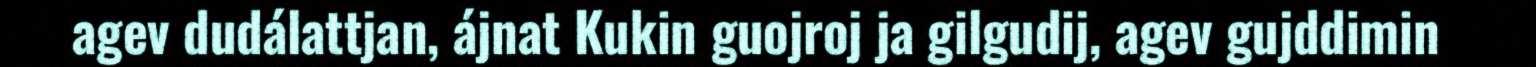
agev dudálattjan, ájnat Kukin guojroj ja gilgudij, agev gujddimin